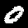
Label: 0